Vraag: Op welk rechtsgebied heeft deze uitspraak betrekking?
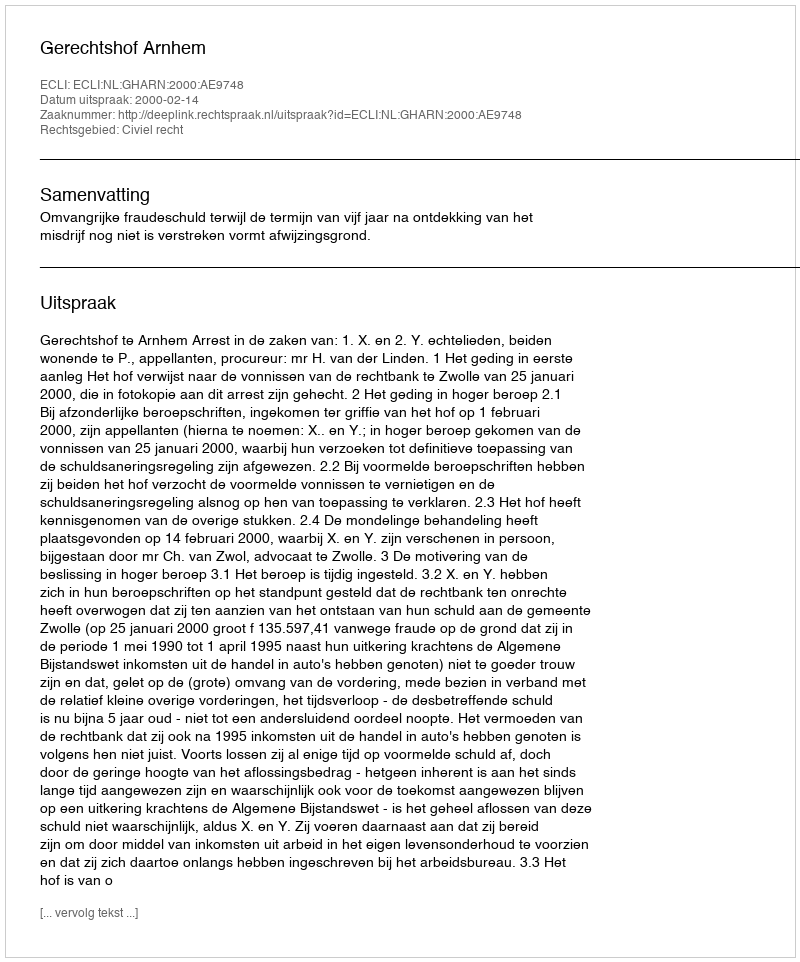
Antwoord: Civiel recht